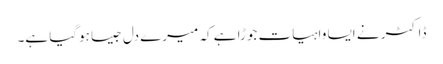
ڈاکٹر نے ایسا واہیات جوڑا ہے کہ میرے دل جیسا ہوگیا ہے۔